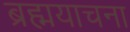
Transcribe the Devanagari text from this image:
ब्रह्मयाचना